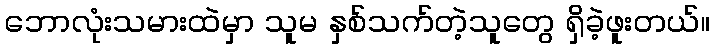
ဘောလုံးသမားထဲမှာ သူမ နှစ်သက်တဲ့သူတွေ ရှိခဲ့ဖူးတယ်။